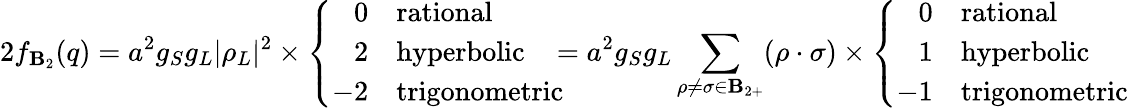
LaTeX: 2f_{\mathbf{B}_{2}}(q)=a^{2}g_{S}g_{L}|\rho_{L}|^{2}\times\left\{ \begin{array}{rl}{{0}}&{{\mathrm{rational}}}\\ {{2}}&{{\mathrm{hyperbolic}}}\\ {{-2}}&{{\mathrm{trigonometric}}}\end{array}\right.\! \! \! =a^{2}g_{S}g_{L}\sum_{\rho\neq\sigma\in\mathbf{B}_{2+}}(\rho\cdot\sigma)\times\left\{ \begin{array}{rl}{{0}}&{{\mathrm{rational}}}\\ {{1}}&{{\mathrm{hyperbolic}}}\\ {{-1}}&{{\mathrm{trigonometric}}}\end{array}\right.